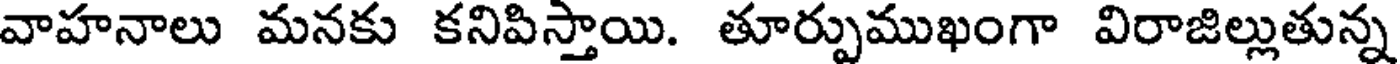
వాహనాలు మనకు కనిపిస్తాయి. తూర్పుముఖంగా విరాజిల్లుతున్న